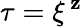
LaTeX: \tau=\xi^{\, \mathbf{z}}